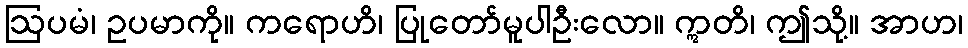
ဩပမံ၊ ဥပမာကို။ ကရောဟိ၊ ပြုတော်မူပါဦးလော။ ဣတိ၊ ဤသို့။ အာဟ၊